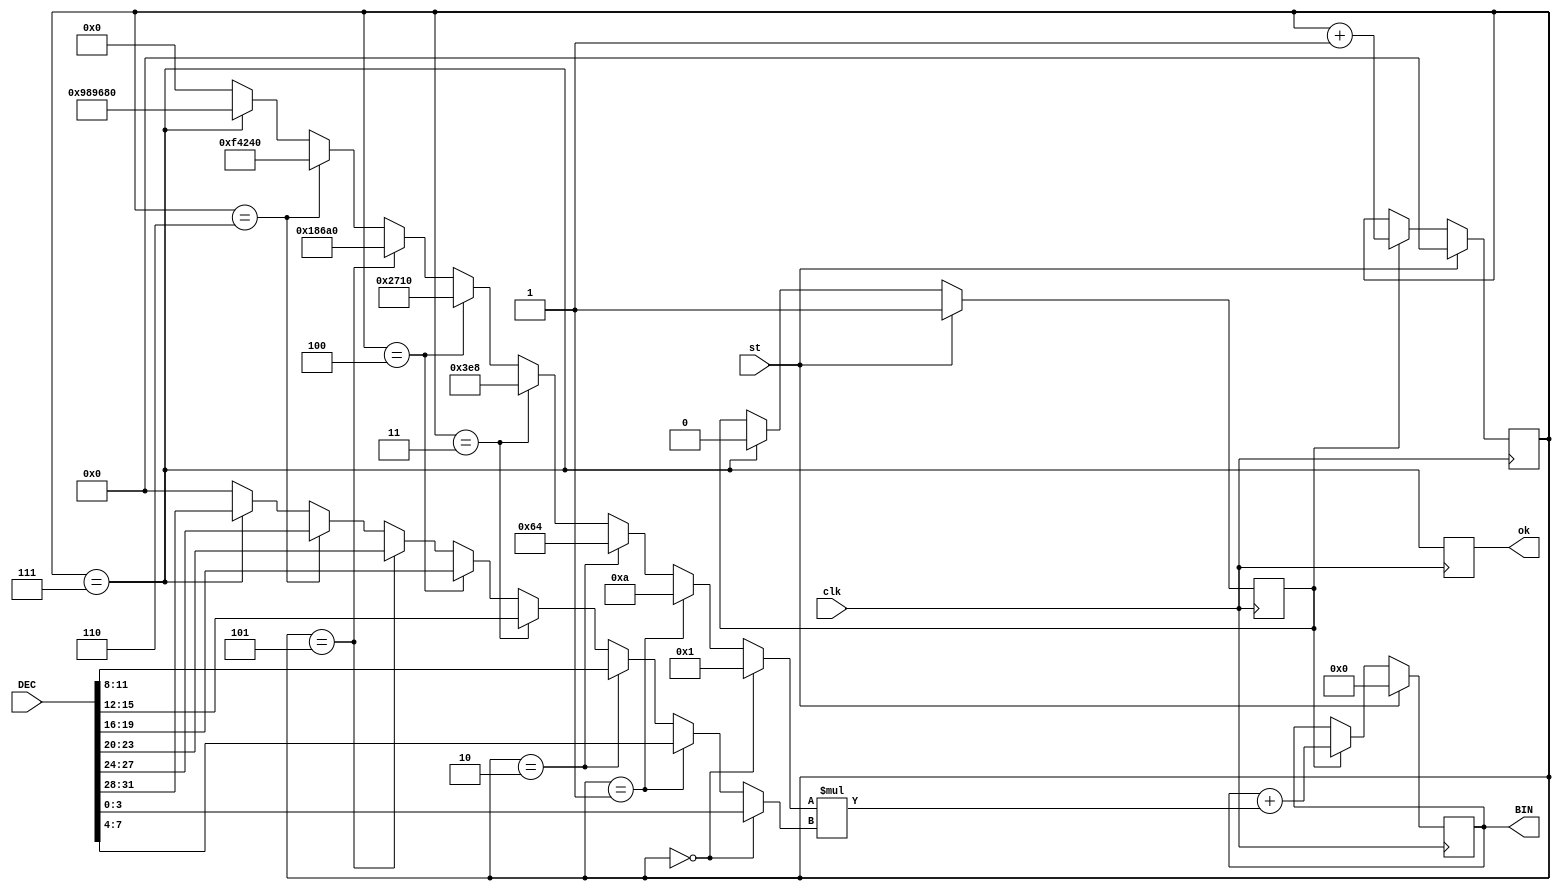
module DEC8_to_BIN27(input [31:0] DEC, output reg[26:0] BIN,
                     input clk,        output reg ok,
                     input st);

  reg [3:0]cb_tact=0;
  reg en_conv=0;
  // 
  wire [3:0]Dig = (cb_tact==0) ? DEC[ 3: 0] :
                  (cb_tact==1) ? DEC[ 7: 4] :
                  (cb_tact==2) ? DEC[11: 8] :
                  (cb_tact==3) ? DEC[15:12] :
                  (cb_tact==4) ? DEC[19:16] :
                  (cb_tact==5) ? DEC[23:20] :
                  (cb_tact==6) ? DEC[27:24] :
                  (cb_tact==7) ? DEC[31:28] : 0 ;

  //   
  wire [32:0]WD = (cb_tact==0)? 1 :
                  (cb_tact==1)? 10 :
                  (cb_tact==2)? 100 :
                  (cb_tact==3)? 1000 :
                  (cb_tact==4)? 10000 :
                  (cb_tact==5)? 100000 :
                  (cb_tact==6)? 1000000 :
                  (cb_tact==7)? 10000000 : 0 ;
  // 
  always @ (posedge clk) begin
    en_conv <= st? 1 : (cb_tact==7)? 0 : en_conv ;
    cb_tact <= st? 0 : en_conv? cb_tact+1 : cb_tact ;
    BIN <= st? 0 : en_conv? BIN+WD*Dig : BIN ;
    ok <= (cb_tact==7) ;
  end

endmodule